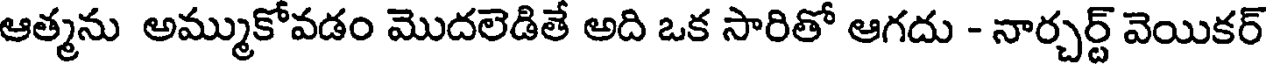
ఆత్మను అమ్ముకోవడం మొదలెడితే అది ఒక సారితో ఆగదు - నార్చర్ట్ వెయికర్